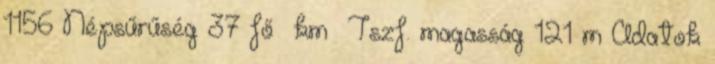
1156 Népsűrűség 37 fő km² Tszf. magasság 121 m Adatok